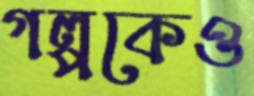
গল্পকেও